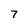
Character: 7